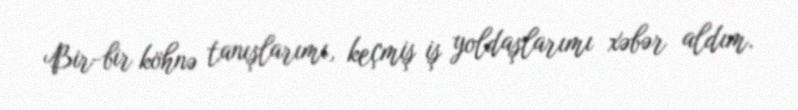
Bir-bir köhnə tanışlarımı, keçmiş iş yoldaşlarımı xəbər aldım.